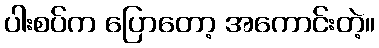
ပါးစပ်က ပြောတော့ အကောင်းတဲ့။